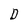
Character: D